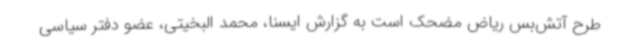
طرح آتش‌بس ریاض مضحک است به گزارش ایسنا، محمد البخیتی، عضو دفتر سیاسی